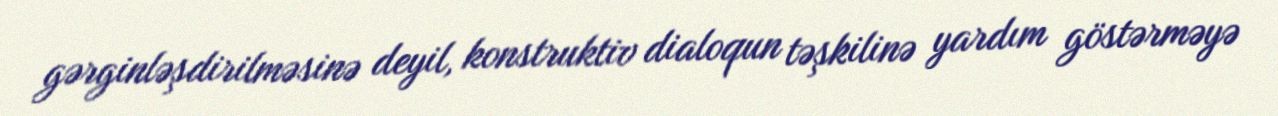
gərginləşdirilməsinə deyil, konstruktiv dialoqun təşkilinə yardım göstərməyə